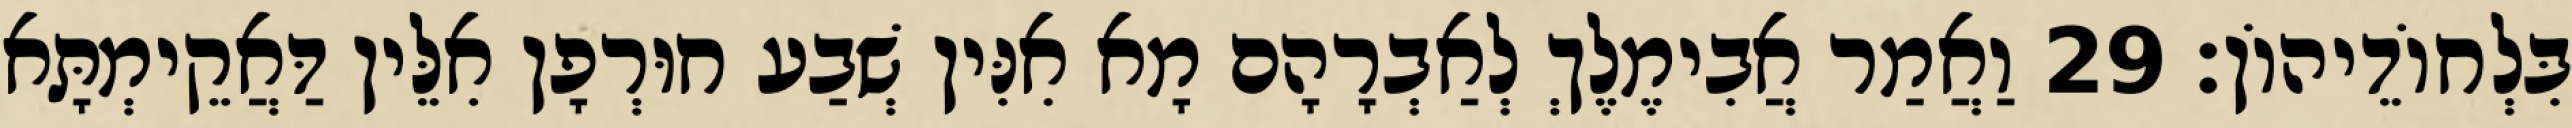
בִּלְחוֹדֵיהוֹן׃ 29 וַאֲמַר אֲבִימֶלֶךְ לְאַבְרָהָם מָא אִנִּין שְׁבַע חוּרְפָן אִלֵּין דַּאֲקֵימְתָּא